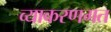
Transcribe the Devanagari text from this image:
व्याकरणगत